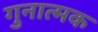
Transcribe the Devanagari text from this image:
गुनात्मक